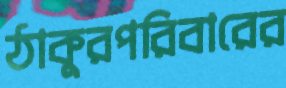
ঠাকুরপরিবারের